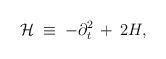
LaTeX: \begin{align*}{\mathcal H} \;\equiv\; -\partial_t^2\,+\,2H,\end{align*}